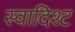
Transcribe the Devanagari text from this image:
स्वादिश्ट